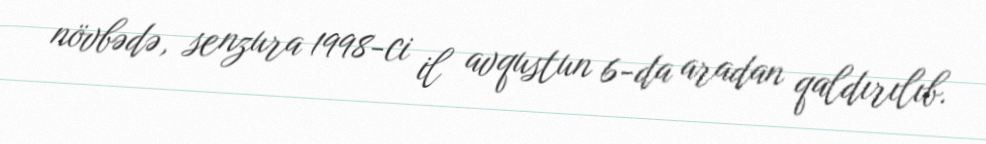
növbədə, senzura 1998-ci il avqustun 6-da aradan qaldırılıb.